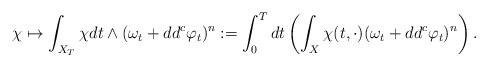
LaTeX: \begin{align*} \chi \mapsto \int_{X_T} \chi d t\wedge (\omega_t+dd^c \varphi_t)^n := \int_0^T d t \left(\int_{X} \chi (t,\cdot) (\omega_t+dd^c \varphi_t)^n \right). \end{align*}